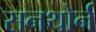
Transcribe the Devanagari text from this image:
सनथोर्न